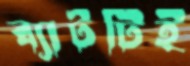
ব্যাটটিই